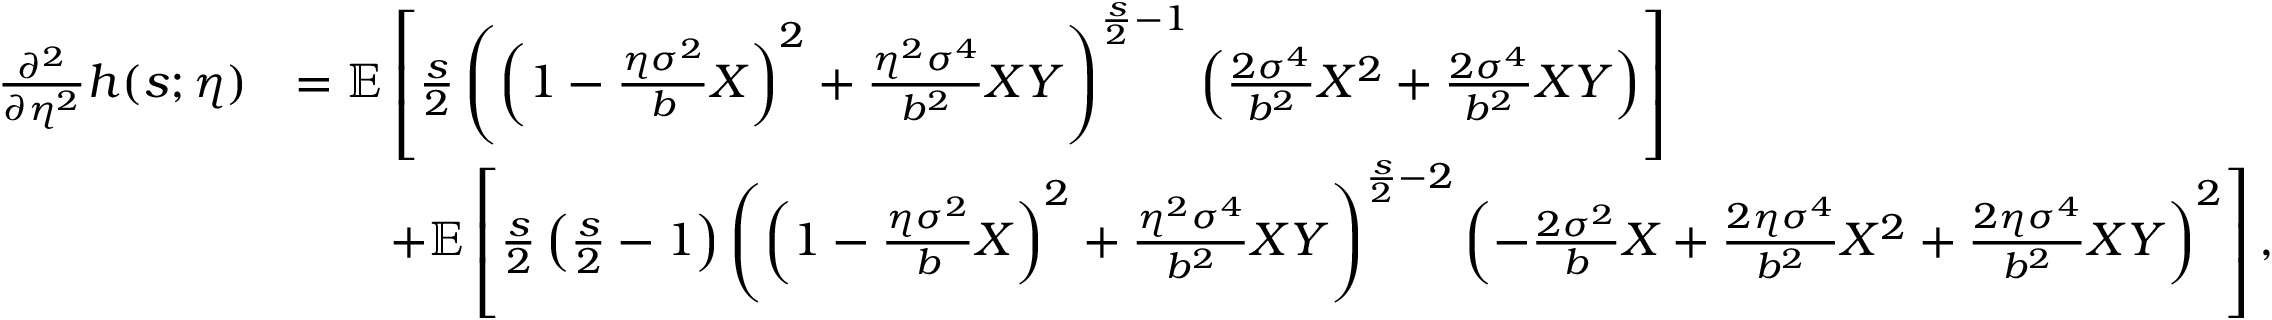
\begin{array} { r l } { \frac { \partial ^ { 2 } } { \partial \eta ^ { 2 } } h ( s ; \eta ) } & { = \mathbb { E } \left[ \frac { s } { 2 } \left( \left( 1 - \frac { \eta \sigma ^ { 2 } } { b } X \right) ^ { 2 } + \frac { \eta ^ { 2 } \sigma ^ { 4 } } { b ^ { 2 } } X Y \right) ^ { \frac { s } { 2 } - 1 } \left( \frac { 2 \sigma ^ { 4 } } { b ^ { 2 } } X ^ { 2 } + \frac { 2 \sigma ^ { 4 } } { b ^ { 2 } } X Y \right) \right] } \\ & { \qquad + \mathbb { E } \left[ \frac { s } { 2 } \left( \frac { s } { 2 } - 1 \right) \left( \left( 1 - \frac { \eta \sigma ^ { 2 } } { b } X \right) ^ { 2 } + \frac { \eta ^ { 2 } \sigma ^ { 4 } } { b ^ { 2 } } X Y \right) ^ { \frac { s } { 2 } - 2 } \left( - \frac { 2 \sigma ^ { 2 } } { b } X + \frac { 2 \eta \sigma ^ { 4 } } { b ^ { 2 } } X ^ { 2 } + \frac { 2 \eta \sigma ^ { 4 } } { b ^ { 2 } } X Y \right) ^ { 2 } \right] , } \end{array}